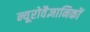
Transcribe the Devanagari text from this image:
न्यूरोवैज्ञानिकों